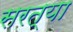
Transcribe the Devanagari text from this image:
सरत्या